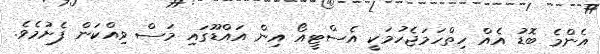
އެންމެ ބޮޑު އެއް ހިތްހަމަޖެހުމަކީ އެސްޓީއޯ އިން އައްޑޫގައި މަސް ވިއްކަން ފެށުމެވެ.